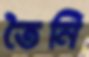
তৈনি